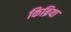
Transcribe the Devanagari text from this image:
किब्रिया